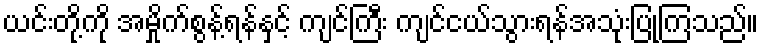
ယင်းတို့ကို အမှိုက်စွန့်ရန်နှင့် ကျင်ကြီး ကျင်ငယ်သွားရန်အသုံးပြုကြသည်။